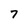
Character: 7